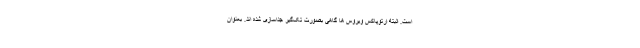
است. البته ارتوپاکس ویروس ها گاهی بصورت تک‌گیر جداسازی شده اند. بعنوان